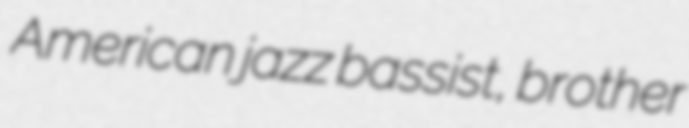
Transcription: American jazz bassist, brother